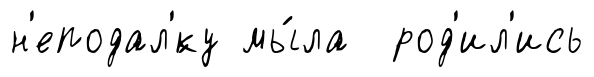
н'еподал'́ку мы́ла род'ил'ись